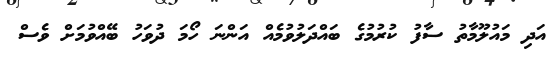
އަދި މައުލޫމާތު ސާފު ކުރުމުގެ ބައްދަލުވުމެއް އަންނަ ހޯމަ ދުވަހު ބޭއްވުމަށް ވެސް